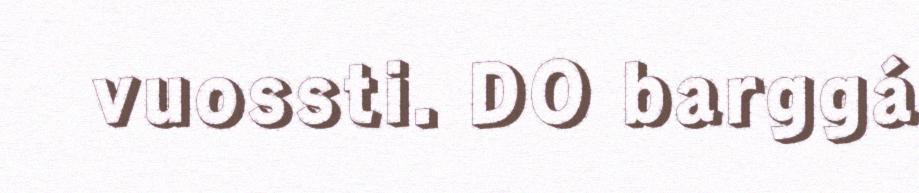
vuossti. DO barggá